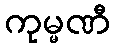
ကုမ္မဏီ